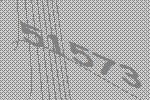
51573